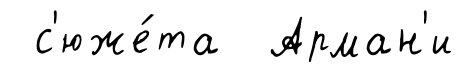
с'юже́та Арман'и